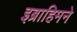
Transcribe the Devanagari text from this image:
इब्राहिमने